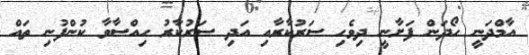
އާމްދަނީ ހޯދަން ފަށާނީ ދިވެހި ސަރުކާރާއި އަދި ސަރުކާރު ހިއްސާވާ ކުންފުނި ތައް